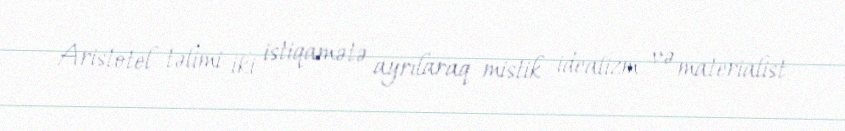
Aristotel təlimi iki istiqamətə ayrılaraq mistik idealizm və materialist